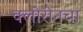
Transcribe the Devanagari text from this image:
क्लोरीनचा